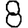
Digit: 8